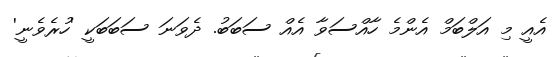
އެއީ މި އަލްބަމް އެންމެ ހާއްސަވާ އެއް ސަބަބު. ދެވަނަ ސަބަބަކީ 'ހުރެވެނީ'